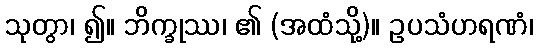
သုတွာ၊ ၍။ ဘိက္ခုဿ၊ ၏ (အထံသို့)။ ဥပသံဟရဏံ၊